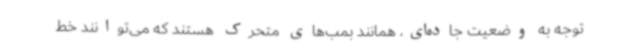
توجه به وضعیت جاده‌ای، همانند بمب‌های متحرک هستند که می‌توانند خط